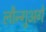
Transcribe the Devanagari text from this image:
लौन्गुअगे